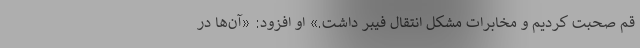
قم صحبت کردیم و مخابرات مشکل انتقال فیبر داشت.» او افزود: «آن‌ها در